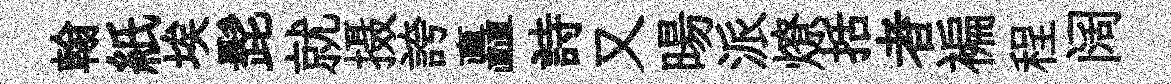
翰紙埃髭就摄誇矗詩又暘派燎括者褊程阔